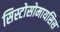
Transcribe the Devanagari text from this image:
सिस्टोसोमायसिस